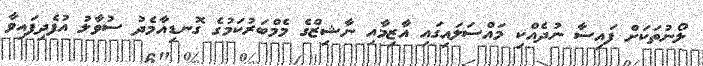
ލޯނުތަކަށް ފައިސާ ނުދެއްކި މައްސަލައިގައި އާޒިމާއި ނާޝިޒްގެ މެމްބަރުކަމުގެ ގޮނޑިއާމެދު ސުވާލު އުފެދިފައިވާ